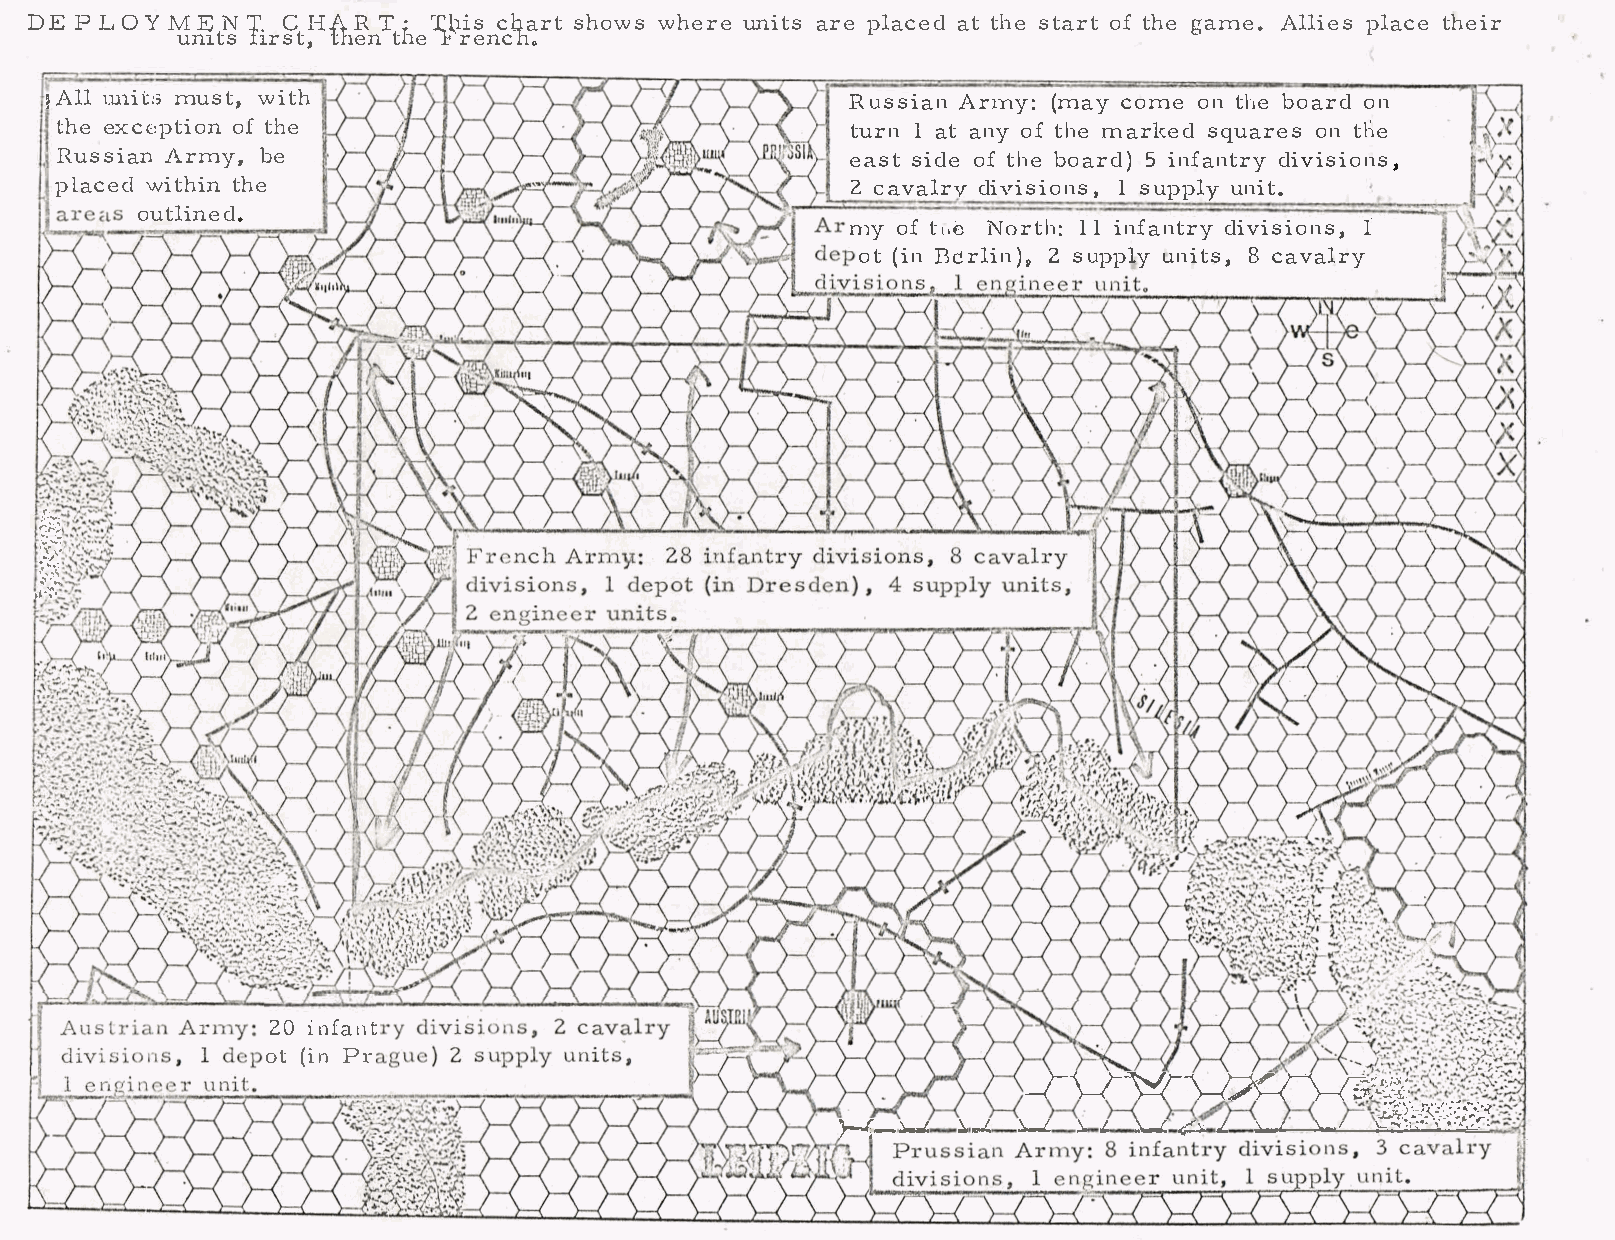
I·
 DEPLOYM    EN    CHART    .T hicsh arsth owwsh eruen iatrse p lacaetdt hset aorftt hega me.A llipelsa cteh eir
 unit1sr  stth,e tnh Ter en.c n
 :.Alml'l imtu:s,t , with                             RussiAannn  y(:m acyo meo nt heb oarodn
 theex ceptoifto hne                                  tur1na ta nyo ft hen ,arkseqdu aroenst l1e
 RussiAarnm  yb,e                                     eassti doeft hbeo ar5di )n nftardyvi isio,n s
 placweidt  htihne                                    2c avaldriyv isi1os nusp,p ulnyi t.
 outli.n   ed
 myo fb ,eN ort1h1:i nnftardyi visilo ns,
 ot( iBne rli2ns )u»p pu�nyi t8sc ,a valry
 <·
 :•:::;
 r.�..,,
 �-..'..--:
 --�\'-: .,
 ,,"'·'.'I,\...;
 ,.(·�•
 .   .
 z  O  ,nfa  n t
 Ot( inP r
 ,,,, "
 �r-           '""'C-lt
 --I r-\\..-.f
 r
 .,_,, .,_,..n-< >-< ::,,,
 ,
 ,, ,·, ,. ·,
 cc
 ,. ,.
 °'
 � .. -kd \c l \..I \ I \_,I c{'\; I • W'T ')�--.,-·-�·�-1.�.--. 4 , ,__ , ...;;. 'cl'.i , E · ·